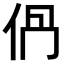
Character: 𠈥